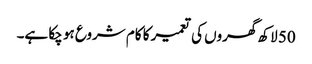
50 لاکھ گھروں کی تعمیر کا کام شروع ہو چکا ہے۔